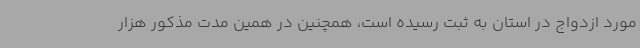
مورد ازدواج در استان به ثبت رسیده است، همچنین در همین مدت مذکور هزار